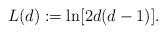
LaTeX: \begin{align*}L(d) := \ln[2d(d-1)].\end{align*}